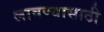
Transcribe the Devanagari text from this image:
लावण्‍यासाठी